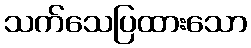
သက်သေပြထားသော